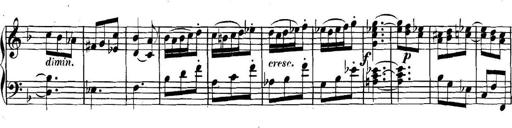
Title: Collected Piano Sonatas
Composer: Muzio Clementi